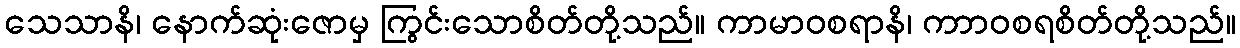
သေသာနိ၊ နောက်ဆုံးဇောမှ ကြွင်းသောစိတ်တို့သည်။ ကာမာဝစရာနိ၊ ကာာဝစရစိတ်တို့သည်။